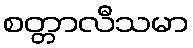
စတ္တာလီသမာ